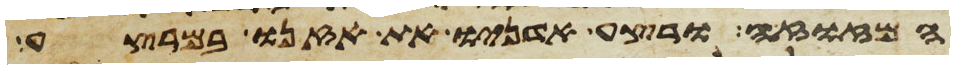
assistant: המזוזה ורצע אדניו את אזנו במרצע